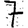
Digit: 7